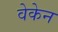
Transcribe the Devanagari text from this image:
वेकेन